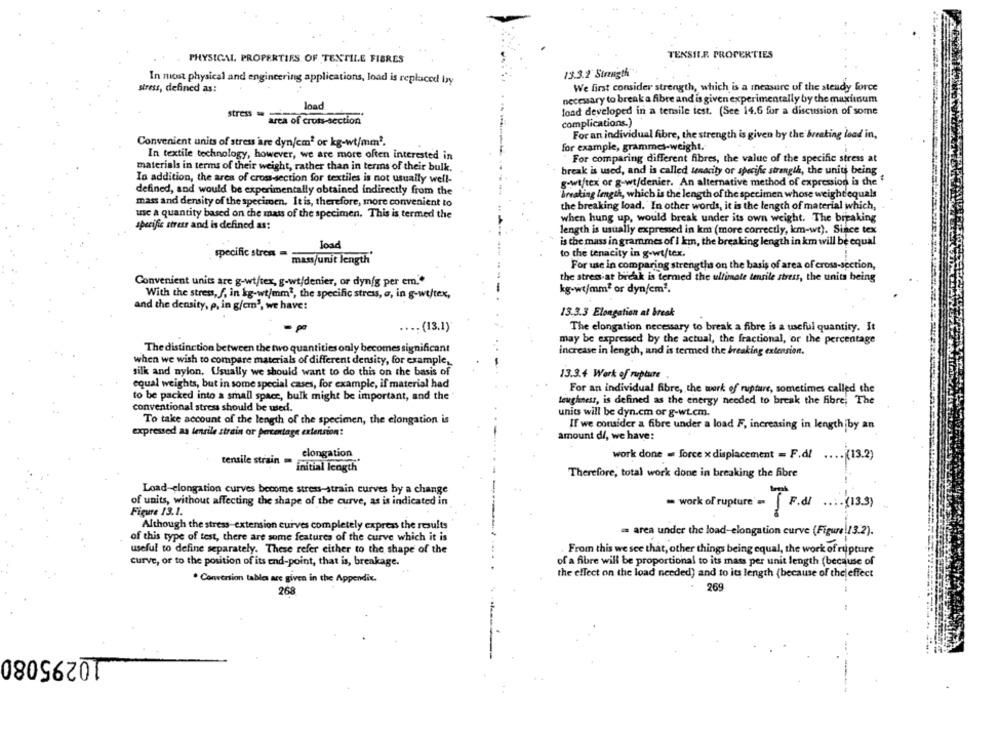
PHYSICAL PROPERTIES OF TEXTILE FIBRES
TENSILE. PROPERTIES
13.3.2 Strength
In most physical and engineering applications, load is replaced by
stress, defined as:
We first consider strength, which is a measure of the steady force
necessary to break a fibre and is given experimentally by the maximum
load
stress
load developed in a tensile test. (See 14.6 for a discussion of some
area of cross-section
complications.)
For an individual fibre, the strength is given by the breaking load in,
Convenient units of stress are dyn/cm2 or kg-wt/mm2.
for example, grammes-weight.
In textile technology, however, we are more often interested in
For comparing different fibres, the value of the specific stress at
materials in terms of their weight, rather than in terms of their bulk.
break is used, and is called tenacity or specific strength, the units being
In addition, the area of cross-section for textiles is not usually well-
g-wt/tex or g-wt/denier. An alternative method of expression is the "
defined, and would be experimentally obtained indirectly from the
Breaking length, which is the length of the specimen whose weightequals
mass and density of the specimen. It is, therefore, more convenient to
the breaking load. In other words, it is the length of material which,
use a quantity based on the mass of the specimen. This is termed the
when hung up, would break under its own weight. The breaking
specific stress and is defined as:
length is usually expressed in km (more correctly, km-wt). Since tex
is the mass in grammes of I km, the breaking length in km will be equal
load
to the tenacity in g-wt/tex.
specific stress " mass/unit length
For use in comparing strengths on the basis of area of cross-section,
the stress at break is termed the ultimate tensile stress, the units being
Convenient units are g-wt/tex, g-wt/denier, or dyn/g per em."
kg-wt/mm2 or dyn/cm2.
With the stress, f, in kg-wt/mm1, the specific stress, a, in g-wt/tex,
and the density, p, in g/cm', we have:
13.3.3 Elongation al break
.... (13.1)
The elongation necessary to break a fibre is a useful quantity. It
may be expressed by the actual, the fractional, or the percentage
The distinction between the two quantities only becomes significant
increase in length, and is termed the breaking extension.
when we wish to compare materials of different density, for example,
silk and nylon. Usually we should want to do this on the basis of
13.3.4 Work of rupture
equal weights, but in some special cases, for example, if material had
For an individual fibre, the work of rupture, sometimes called the
to be packed into a small space, bulk might be important, and the
teuglnest, is defined as the energy needed to break the fibre, The
conventional stress should be used.
units will be dyn.cm or g-wt.cm.
To take account of the length of the specimen, the elongation is
expressed as tensile strain or percentage extension:
If we consider a fibre under a load F, increasing in length by an
amount di, we have:
elongation
tensile strain
work done = force x displacement = F.d/ .... (13.2)
.... (13.2)
initial length
Therefore, total work done in breaking the fibre
Load-elongation curves become stress-strain curves by a change
--
of units, without affecting the shape of the curve, as is indicated in
work of rupture' = F.d/ .... (13.3)
Figure 13.1.
Although the stress-extension curves completely express the results
= area under the load-elongation curve (Figure\13.2).
of this type of test, there are some features of the curve which it is
From this we see that, other things being equal, the work of rupture
useful to define separately. These refer either to the shape of the
curve, or to the position of its end-point, that is, breakage.
of a fibre will be proportional to its mass per unit length (because of
the effect on the load needed) and to its length (because of the effect
. Conversion tables are given in the Appendix.
268
269
10295080